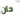
حان